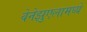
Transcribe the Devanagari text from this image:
वेनेझुएलामध्ये